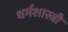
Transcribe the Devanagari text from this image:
धर्मशास्त्रौं